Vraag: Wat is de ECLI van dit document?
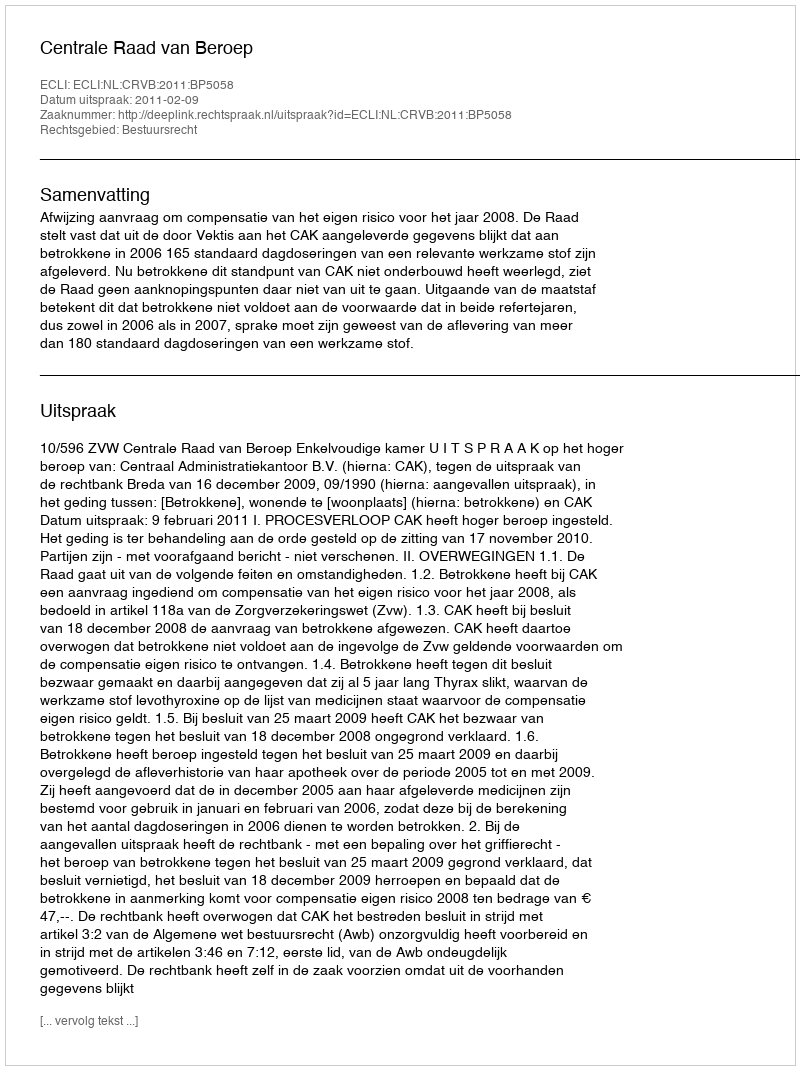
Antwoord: ECLI:NL:CRVB:2011:BP5058